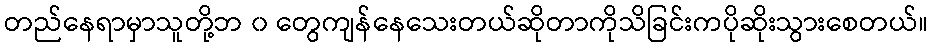
တည်နေရာမှာသူတို့ဘ ၀ တွေကျန်နေသေးတယ်ဆိုတာကိုသိခြင်းကပိုဆိုးသွားစေတယ်။